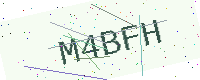
Text: M4BFH